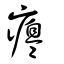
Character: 癟